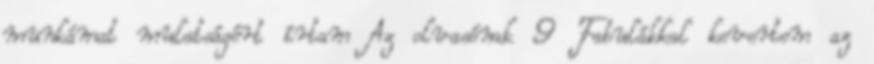
munkámat mulatságért írtam Az olvasónak 9 Fabulákkal kevertem az